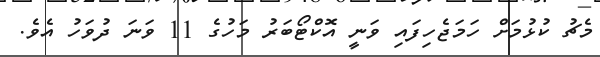
މެޗު ކުޅުމަށް ހަމަޖެހިފައި ވަނީ އޮކްޓޯބަރު މަހުގެ 11 ވަނަ ދުވަހު އެވެ.